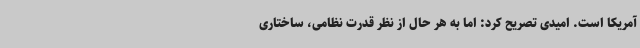
آمریکا است. امیدی تصریح کرد: اما به هر حال از نظر قدرت نظامی، ساختاری